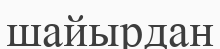
шайырдан